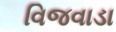
વિજવાડા